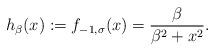
LaTeX: \begin{align*}h_{\beta}(x):=f_{-1,\sigma}(x)=\dfrac{\beta}{\beta^2+x^2}.\end{align*}